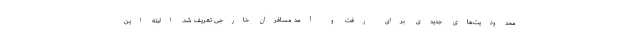
محدودیت‌های جدیدی برای رفت و آمد مسافران خارجی تعریف شد. البته این